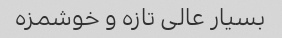
بسیار عالی تازه و خوشمزه